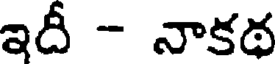
ఇదీ - నాకథ